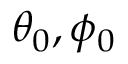
\theta _ { 0 } , \phi _ { 0 }